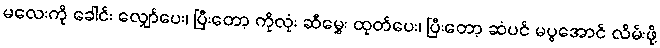
မလေးကို ခေါင်း လျှော်ပေး၊ ပြီးတော့ ကိုလုံး ဆီမွှေး ထုတ်ပေး၊ ပြီးတော့ ဆံပင် မပွအောင် လိမ်းဖို့